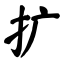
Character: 扩